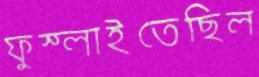
ফুস্‌লাইতেছিল